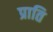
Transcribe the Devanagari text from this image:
प्राति